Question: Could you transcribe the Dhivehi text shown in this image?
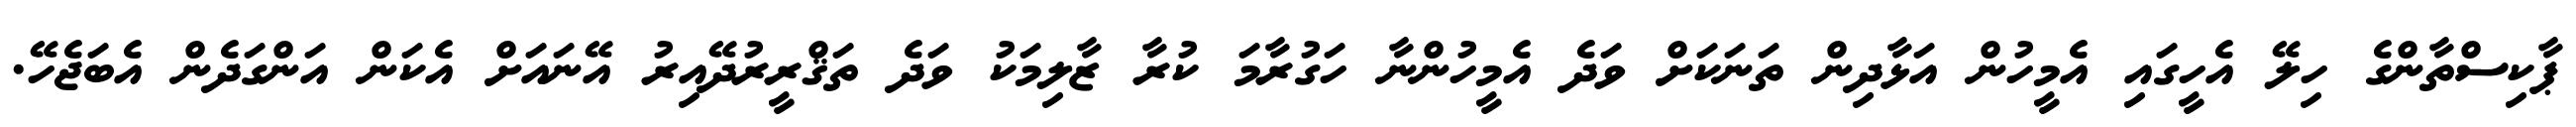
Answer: ޕާކިސްތާންގެ ހިލޭ އެހީގައި އެމީހުން އަޅާދިން ތަނަކަށް ވަދެ އެމީހުންނާ ހަގުރާމަ ކުރާ ޒާލިމަކު ވަދެ ތަޤްރީރުދޭއިރު އޭނައަށް އެކަން އަންގަދެން އެބަޖެހޭ.